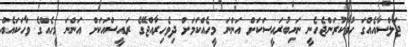
ޖަލްސާއެއްގަ ހުވާކުރަންޖެހެނީ ނައިބުރައީސަކަށް އަންނަ މީހެއްކަމަށް ދިވެހިރާއްޖޭގެ ރައީސްއަކަށް އަންނަ މީހެއްގެ ވާހަކައެއް